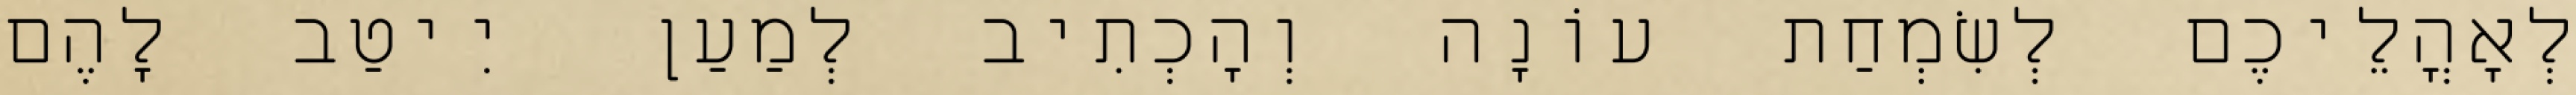
לְאׇהֳלֵיכֶם לְשִׂמְחַת עוֹנָה וְהָכְתִיב לְמַעַן יִיטַב לָהֶם